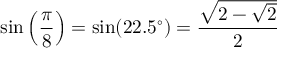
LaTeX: \sin \left( { \frac { \pi } { 8 } } \right) = \sin ( 2 2 . 5 ^ { \circ } ) = { \frac { \sqrt { 2 - { \sqrt { 2 } } } } { 2 } }